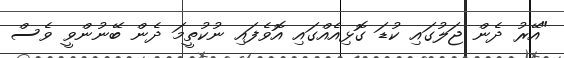
"އޭރު ދެން ޖަލުގައި ކުޑަ ގޮޅިއެއްގައި އޮވެފައި ނުކުތީމަ ދެން ބޭނުންވީ ވެސް